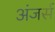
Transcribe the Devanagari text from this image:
अंजर्स